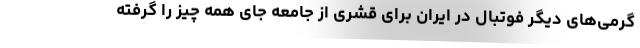
گرمی‌های دیگر فوتبال در ایران برای قشری از جامعه جای همه چیز را گرفته